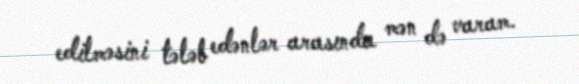
edilməsini tələb edənlər arasında mən də varam.